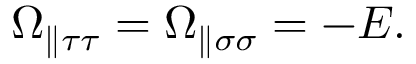
\Omega _ { \parallel \tau \tau } = \Omega _ { \parallel \sigma \sigma } = - E .